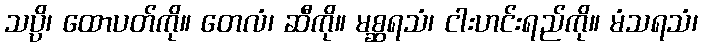
သပ္ပိ၊ ထောပတ်ကို။ တေလံ၊ ဆီကို။ မစ္ဆရသံ၊ ငါးဟင်းရည်ကို။ မံသရသံ၊